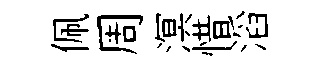
佩周溟惜滔